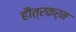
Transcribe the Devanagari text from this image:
हौत्रकर्म